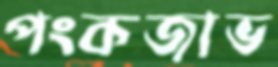
পংকজাভ